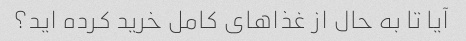
آیا تا به حال از غذاهای کامل خرید کرده اید؟